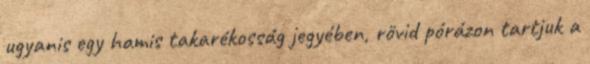
ugyanis egy hamis takarékosság jegyében, rövid pórázon tartjuk a